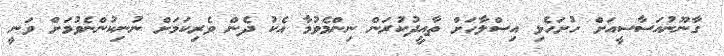
ގާނޫނުއަސާސީއަށް ހުށަހެޅި އިސްލާހަށް ތާއީދުކުރަން ނިންމެވުމާ އެކު ދެން ވެރިކަމަށް ނުނިކުންނެވުމަށް ވަނީ